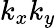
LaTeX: k_{x}k_{y}